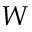
W